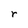
Character: r